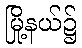
မြို့နယ်၌